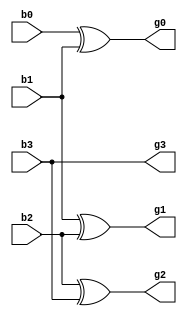
`timescale 1ns / 1ps
//////////////////////////////////////////////////////////////////////////////////
// Company: 
// Engineer: 
// 
// Design Name: 
// Module Name:    btgdatamod 
// Project Name: 
// Target Devices: 
// Tool versions: 
// Description: 
//
// Dependencies: 
//
// Revision: 
// Revision 0.01 - File Created
// Additional Comments: 
//
//////////////////////////////////////////////////////////////////////////////////
module btgdatamod(
    input b0,
    input b1,
    input b2,
    input b3,
    output g0,
    output g1,
    output g2,
    output g3
    );
assign g0=b0^b1;
assign g1=b1^b2;
assign g2=b2^b3;
assign g3=b3;

endmodule